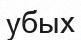
убых